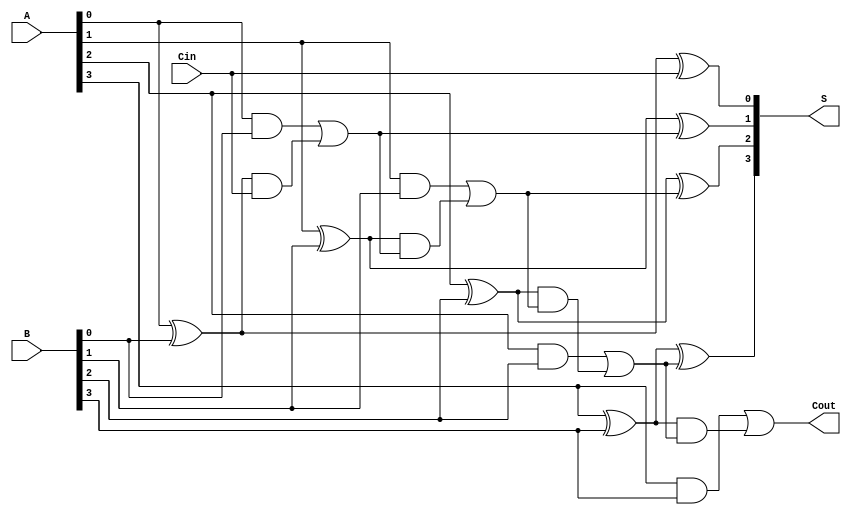
module LingAdder #(parameter n = 4) (
    input [n-1:0] A,      // First input
    input [n-1:0] B,      // Second input
    input Cin,            // Input carry
    output [n-1:0] S,     // Sum output
    output Cout           // Carry output
);

    wire [n:0] C;         // Carry signals
    wire [n-1:0] G;       // Generate signals
    wire [n-1:0] P;       // Propagate signals

    // Generate and Propagate signals
    genvar i;
    generate
        for (i = 0; i < n; i = i + 1) begin : gen_prop
            assign G[i] = A[i] & B[i];           // Generate
            assign P[i] = A[i] ^ B[i];           // Propagate
        end
    endgenerate

    // Carry Lookahead Logic
    assign C[0] = Cin;                             // Initial carry
    generate
        for (i = 1; i <= n; i = i + 1) begin : carry_logic
            assign C[i] = G[i-1] | (P[i-1] & C[i-1]); // Carry generation
        end
    endgenerate

    // Sum Calculation
    generate
        for (i = 0; i < n; i = i + 1) begin : sum_calc
            assign S[i] = A[i] ^ B[i] ^ C[i];     // Sum calculation
        end
    endgenerate

    // Final Carry Output
    assign Cout = C[n];                           // Final carry out

endmodule